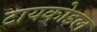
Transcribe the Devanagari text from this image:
टायकोइल